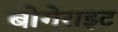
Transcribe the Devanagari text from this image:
बोगेराइट